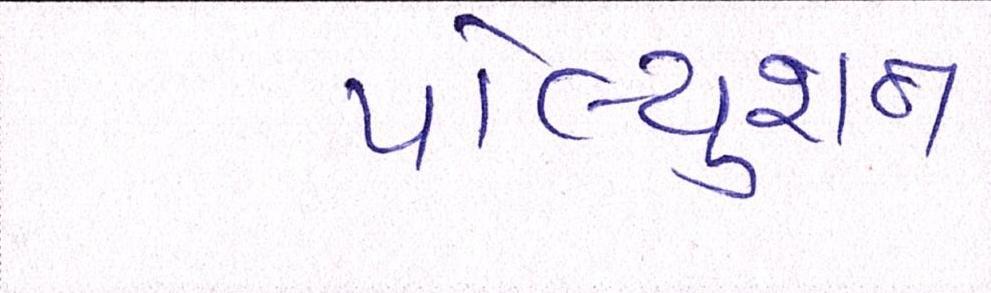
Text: પોલ્યુશન